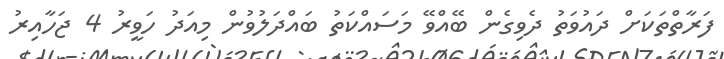
ފަރާތްތަކަށް ދައުވަތު ދެވިގެން ބޭއްވޭ މަސައްކަތު ބައްދަލުވުން މިއަދު ހަވީރު 4 ޖަހާއިރު